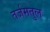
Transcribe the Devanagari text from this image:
तर्जमतुल